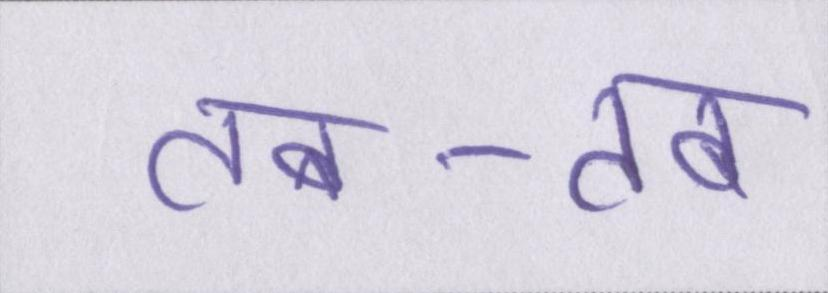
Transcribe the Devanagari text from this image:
तब-तब